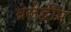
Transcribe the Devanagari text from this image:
बेलेद्वीप